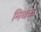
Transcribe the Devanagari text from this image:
मिथक्